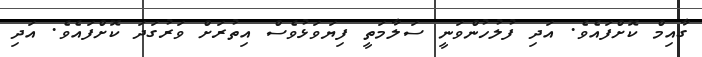
ގާއިމް ކޮށްފައެވެ. އަދި ފުލުހުންވަނީ ސަލާމަތީ ފިޔަވަޅުވެސް އިތުރަށް ވަރުގަދަ ކޮށްފައެވެ. އަދި